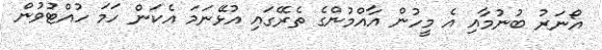
އޯނަރު ބުނުމާއި އެ މީހުން އާއްމުންގެ ތެރޭގައި އުޅޭނަމަ އެކަން ހަމަ ހުއްޓުވުން